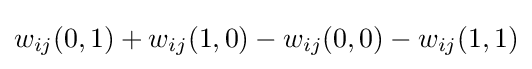
w_{ij}(0,1)+w_{ij}(1,0)-w_{ij}(0,0)-w_{ij}(1,1)